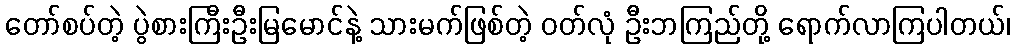
တော်စပ်တဲ့ ပွဲစားကြီးဦးမြမောင်နဲ့ သားမက်ဖြစ်တဲ့ ဝတ်လုံ ဦးဘကြည်တို့ ရောက်လာကြပါတယ်၊